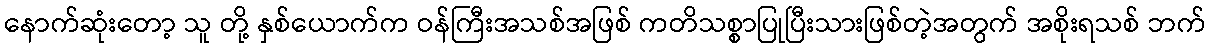
နောက်ဆုံးတော့ သူ တို့ နှစ်ယောက်က ဝန်ကြီးအသစ်အဖြစ် ကတိသစ္စာပြုပြီးသားဖြစ်တဲ့အတွက် အစိုးရသစ် ဘက်